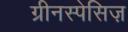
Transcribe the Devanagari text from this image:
ग्रीनस्पेसिज़